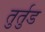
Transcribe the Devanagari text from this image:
तुर्तुड